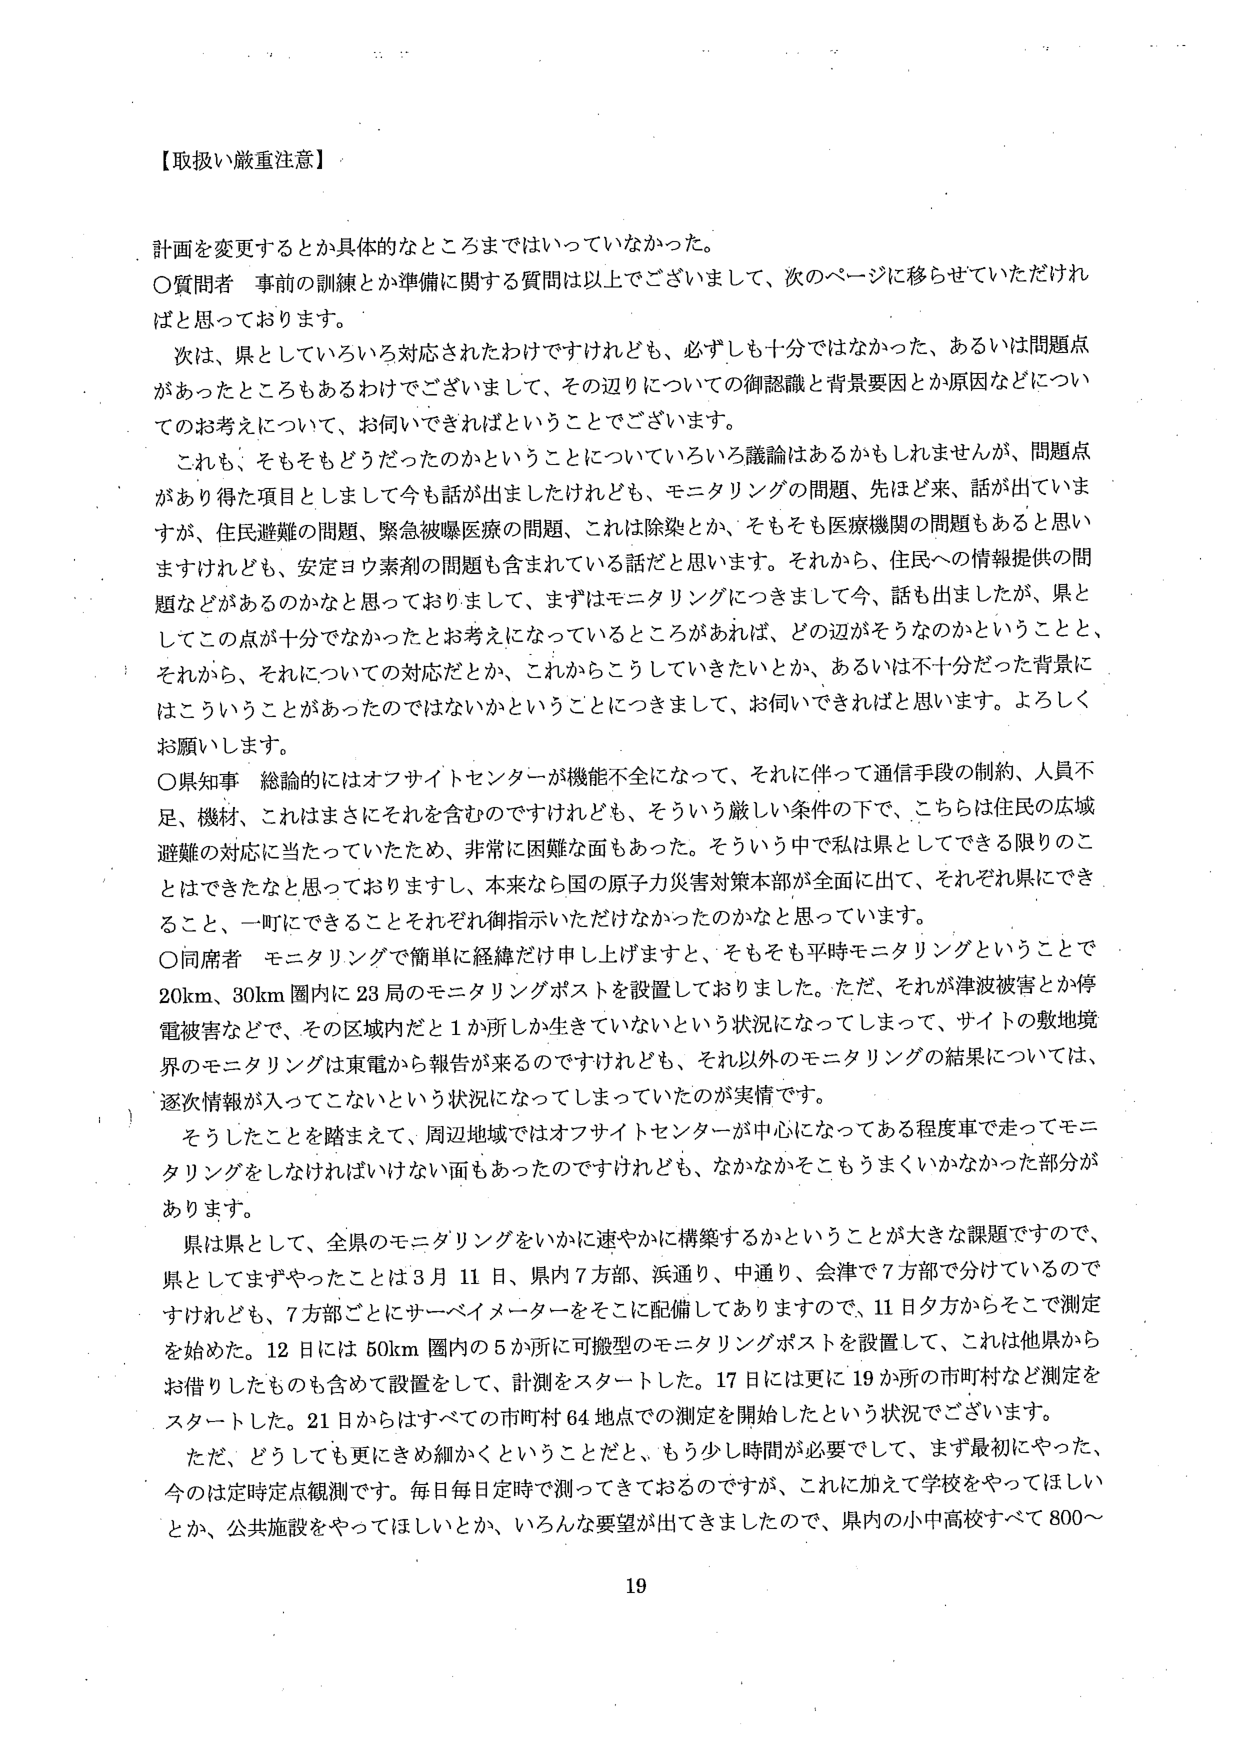
【取扱い厳重注意】

計画を変更するとか具体的なところまではいっていなかった。

〇質問者 事前の訓練とか準備に関する質問は以上でございまして、次のページに移らせていただければと思っております。

次は、県としていろいろ対応されたわけですけれども、必ずしも十分ではなかった、あるいは問題点があったところもあるわけでございまして、その辺りについての御認識と背景要因とか原因などについてのお考えについて、お伺いできればということでございます。

これも、そもそもどうだったのかということについていろいろ議論はあるかもしれませんが、問題点があり得た項目としまして今も話が出ましたけれども、モニタリングの問題、先ほど来、話が出ていますが、住民避難の問題、緊急被曝医療の問題、これは除染とか、そもそも医療機関の問題もあると思いますけれども、安定ヨウ素剤の問題も含まれている話だと思います。それから、住民への情報提供の問題などがおるのかなと思っておりまして、まずはモニタリングにつきまして今、話も出ましたが、県としてこの点が十分でなかったとお考えになっているところがあれば、どの辺がそうなのかということと、それから、それについての対応だとか、これからこうしていきたいとか、あるいは不十分だった背景にはこういうことがあったのではないかということにつきまして、お伺いできればと思います。よろしくお願いします。

〇県知事 総論的にはオフサイトセンターが機能不全になって、それに伴って通信手段の制約、人員不足、機材、これはまさにそれを含むのですけれども、そういう厳しい条件の下で、こちらは住民の広域避難の対応に当たっていたため、非常に困難な面もあった。そういう中で私は県としてできる限りのことではできたなと思っておりますし、本来なら国の原子力災害対策本部が全面に出て、それぞれ県にできること、一町にできることそれぞれ御指示いただけなかったのかなと思っています。

〇同席者 モニタリングで簡単に経緯だけ申し上げますと、そもそも平時モニタリングということで20km、30km圏内に23局のモニタリングポストを設置しておりました。ただ、それが津波被害とか停電被害などで、その区域内だと1か所しか生きていないという状況になってしまって、サイトの敷地境界のモニタリングは東電から報告が来るのですけれども、それ以外のモニタリングの結果については、逐次情報が入ってこないという状況になってしまっていたのが実情です。

そうしたことを踏まえて、周辺地域ではオフサイトセンターが中心になってある程度車で走ってモニタリングをしなければいけない面もあったのですけれども、なかなかそこもうまくいかなかった部分があります。

県は県として、全県のモニタリングをいかに速やかに構築するかということが大きな課題ですので、県としてまずやったことは3月11日、県内7方部、浜通り、中通り、会津で7方部で分けているのですけれども、7方部ごとにサーベイメーターをそこに配備してありますので、11日夕方からそこで測定を始めた。12日には50km圏内の5か所に可搬型のモニタリングポストを設置して、これは他県からお借りしたものも含めて設置をして、計測をスタートした。17日には更に19か所の市町村など測定をスタートした。21日からはすべての市町村64地点での測定を開始したという状況でございます。

ただ、どうしても更にきめ細かくということだと、もう少し時間が必要でして、まず最初にやった、今のは定点定点観測です。毎日毎日定時で測ってきているのですが、これに加えて学校をやってほしいとか、公共施設をやってほしいとか、いろんな要望が出てきましたので、県内の小中高校すべて800～

19